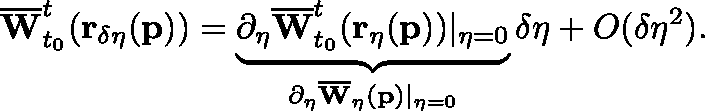
\overline { { \mathbf { W } } } _ { t _ { 0 } } ^ { t } ( \mathbf { r _ { \delta \eta } } ( \mathbf { p } ) ) = \underbrace { \partial _ { \eta } \overline { { \mathbf { W } } } _ { t _ { 0 } } ^ { t } ( \mathbf { r _ { \eta } } ( \mathbf { p } ) ) \vert _ { \eta = 0 } } _ { \partial _ { \eta } \overline { { \mathbf { W } } } _ { \eta } ( \mathbf { p } ) \vert _ { \eta = 0 } } \delta \eta + O ( \delta \eta ^ { 2 } ) .